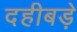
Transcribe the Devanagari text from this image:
दहीबड़े